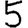
Digit: 5